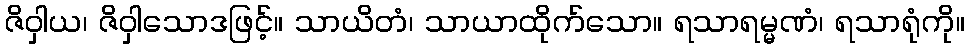
ဇိဝှါယ၊ ဇိဝှါသောဒဖြင့်။ သာယိတံ၊ သာယာထိုက်သော။ ရသာရမ္မဏံ၊ ရသာရုံကို။